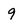
Character: 9